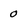
Character: 0